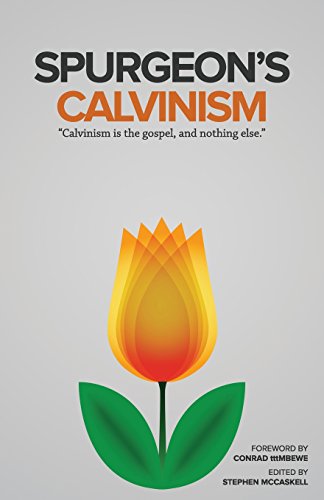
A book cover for Spurgeon's Calvinism; Charles Spurgeon; Christian Books & Bibles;